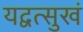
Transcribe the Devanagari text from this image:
यद्वत्सुखं